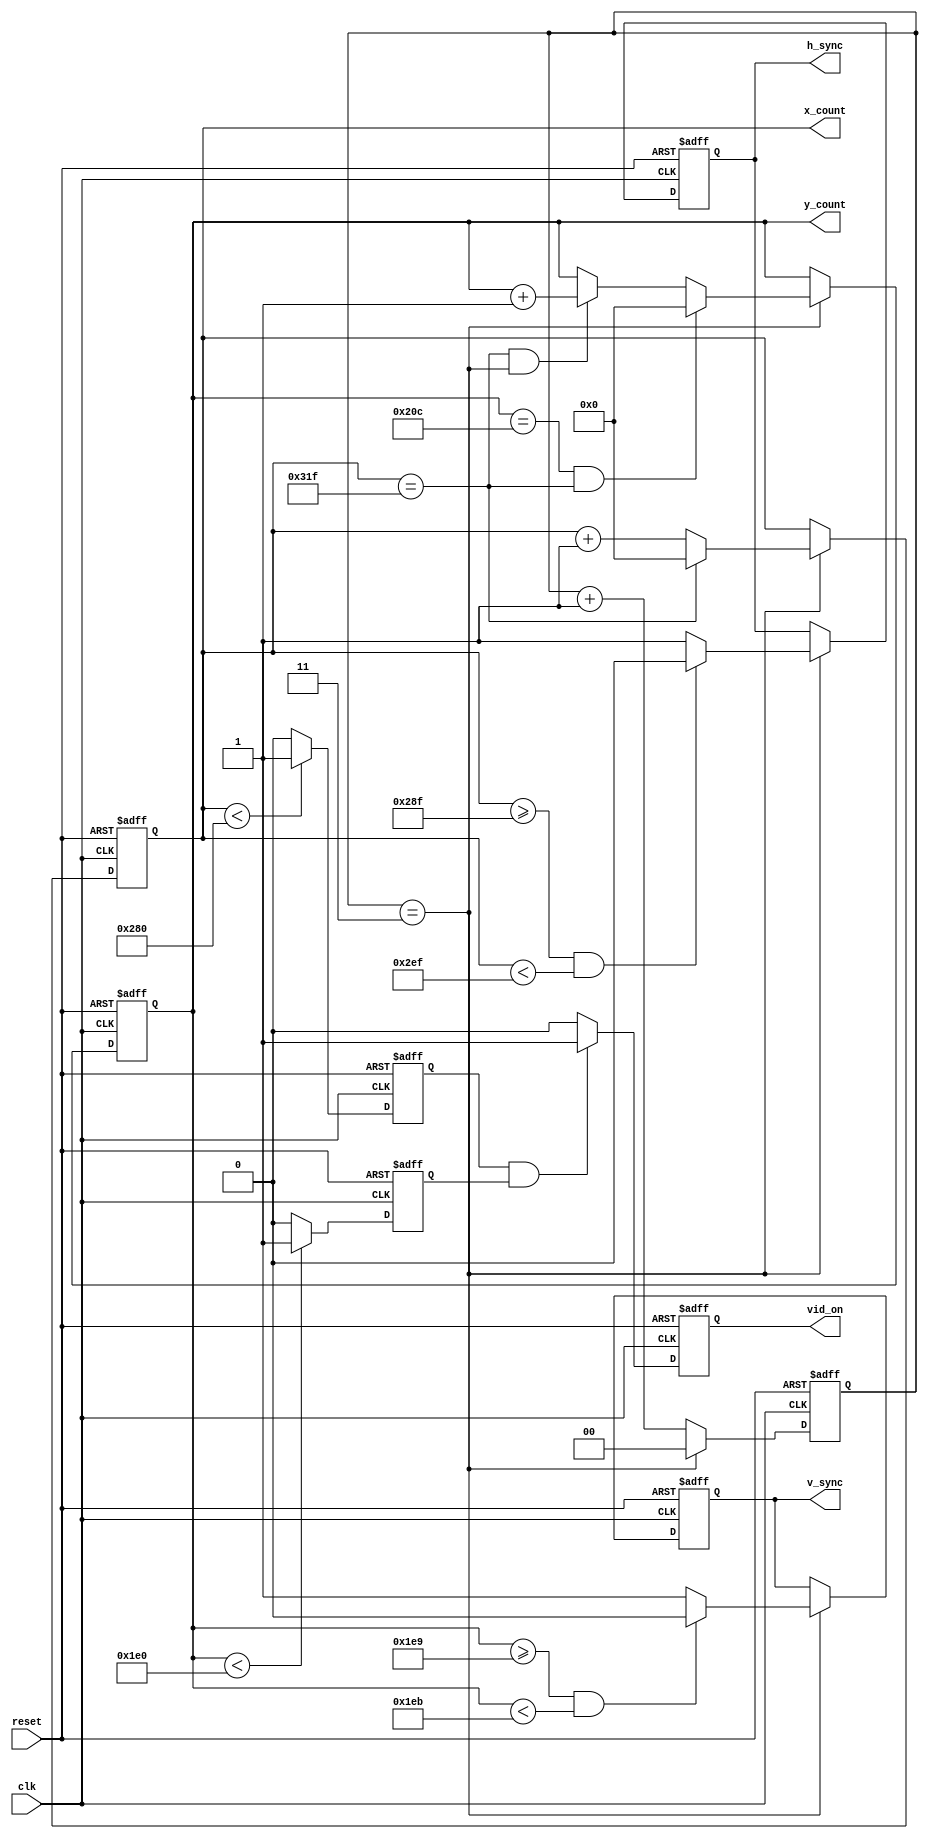
`timescale 1ns / 1ps

//****************************************************************// 
//                                                                // 
//  Created by Naoaki Takatsu on 03/7/2018.                       // 
//  Copyright  2018                                              //
//  Naoaki Takatsu. All rights reserved.                          // 
//                                                                // 
//                                                                // 
//  In submitting this file for class work at CSULB               // 
//  I am confirming that this is my work and the work             // 
//  of no one else. In submitting this code I acknowledge that    // 
//  plagiarism in student project work is subject to dismissal.   //  
//  from the class                                                // 
//****************************************************************//

module vga_sync(clk, reset, x_count, y_count, vid_on, h_sync, v_sync);
	 
   input            clk, reset;
   output reg       h_sync, v_sync, vid_on;
   output reg [9:0] x_count, y_count;
	
	localparam XD = 640; //horizontal display area
   localparam LB =  48; //left border
   localparam RB =  16; //right border
   localparam XR =  96; //h.retrace
   localparam YD = 480; //vertical display area
   localparam TB =  33; //top border
   localparam BB =  10; //bottom border
   localparam YR =   2; //v.retrace
	
	// next sync counters
	reg [9:0] x_ncount, y_ncount;
	
   // output buffer
   reg nh_sync, nv_sync;
	
	// present video on
	reg xvid_on, yvid_on;
	
	// next video off
	reg nxvid_on, nyvid_on, nvid_on;
	
	// total width and height of VGA display
	wire [9:0] x_max, y_max;
	
	// status signals
   // x counter endpt(799)
   assign x_max = XD + RB + XR + LB - 1'b1;
	
   // y counter endpt(524)
   assign y_max = YD + BB + YR + TB - 1'b1;
	
	//25MHz tick generator////////////////////////////
	                                                //
	wire      tick;                                 //
	reg [1:0] count;                                //
	reg [1:0] n_count;                              //
                                                   //
	assign tick = (count == 3); //100MHz/4 = 25Hhz  //
	                                                //
	always @ (posedge clk, posedge reset)           //
	   if(reset)                                    //
		   count <= 1'b0;                            //
		else                                         //
		   count <= n_count;                         //
			                                          //
	always @ (*)                                    //
	   n_count = (tick) ? 1'b0 : (count + 1'b1);    //
		                                             //
	//////////////////////////////////////////////////
	
	
	always @ (posedge clk, posedge reset)
	begin
	
	   if(reset)
		begin
		
		   x_count <= 1'b0;
			y_count <= 1'b0;
			h_sync <= 1'b1;
			v_sync <= 1'b1;
			xvid_on <= 1'b0;
			yvid_on <= 1'b0;
			vid_on <= 1'b0;
			
		end
	   else
		begin
		
		   x_count <= x_ncount;
			y_count <= y_ncount;
			h_sync <= nh_sync;
			v_sync <= nv_sync;
			xvid_on <= nxvid_on;
			yvid_on <= nyvid_on;
			vid_on <= nvid_on;
			
		end
		
	end
		
	always @ (*)
	begin
	
		x_ncount = 1'b0;
		y_ncount = 1'b0;
		nh_sync = 1'b1;
		nv_sync = 1'b1;
		nxvid_on = 1'b0;
		nyvid_on = 1'b0;
		nvid_on = 1'b0;
	
	   if((y_count == y_max) && (x_count == x_max))
	      y_ncount = 1'b0;
	   else if((x_count == x_max) && (count == 3))
	      y_ncount = y_count + 1'b1;
		else
		   y_ncount = y_count;
			
		if( x_count < XD )
		   nxvid_on = 1'b1;
		else
		   nxvid_on = 1'b0;
			
		if( y_count < YD )
		   nyvid_on = 1'b1;
		else
		   nyvid_on = 1'b0;
			
		if(xvid_on && yvid_on)
		   nvid_on = 1'b1;
		else
		   nvid_on = 1'b0;
	
	   if(tick)
		begin
		
		   if(x_count == x_max)
            x_ncount = 1'b0;
      	else
			   x_ncount = x_count + 1'b1;
		
	      if( (x_count >= (XD + RB - 1) ) &&
			    (x_count < (XD + RB + XR -1) ) )
		      nh_sync = 1'b0;
			else
			   nh_sync = 1'b1;
			
		   if( (y_count >= (YD + BB - 1) ) &&
			    (y_count < (YD + BB + YR - 1) ) )
		      nv_sync = 1'b0;
			else
			   nv_sync = 1'b1;
			
		end
		else
		begin
		   x_ncount = x_count;
			y_ncount = y_count;
			nh_sync = h_sync;
			nv_sync = v_sync;
		end

	end

endmodule